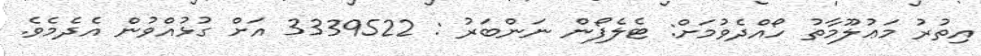
އިތުރު މަޢުލޫމާތު ހޯއްދެވުމަށް: ޓެލެފޯން ނަންބަރު : 3339522 އަށް ގުޅުއްވުން އެދެމެވެ.